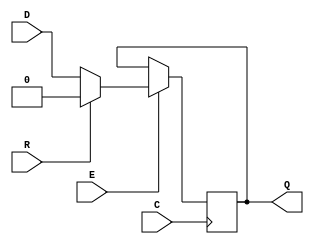
module SB_DFFESR (output Q, input C, E, R, D);
	reg Q = 0;
	always @(posedge C)
		if (E) begin
			if (R)
				Q <= 0;
			else
				Q <= D;
		end
endmodule